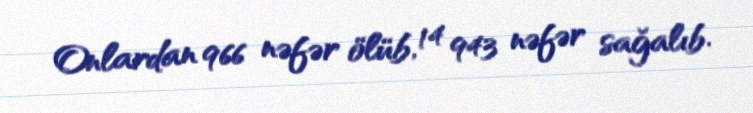
Onlardan 966 nəfər ölüb, 14 943 nəfər sağalıb.